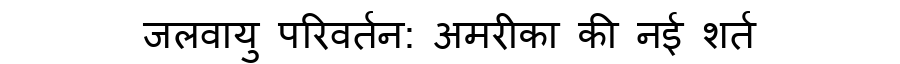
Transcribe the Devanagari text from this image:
जलवायु परिवर्तन: अमरीका की नई शर्त